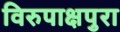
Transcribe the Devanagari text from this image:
विरुपाक्षपुरा